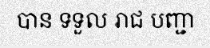
បាន ទទួល រាជ បញ្ជា